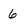
Character: 6